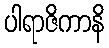
ပါရာဇိကာနိ